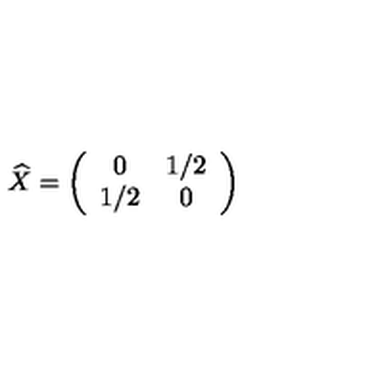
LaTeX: \widehat { X } = \left( \begin{array} { c c } { 0 } & { 1 / 2 } \\ { 1 / 2 } & { 0 } \\ \end{array} \right)